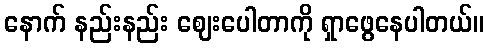
နောက် နည်းနည်း ဈေးပေါတာကို ရှာဖွေနေပါတယ်။